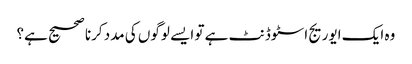
وہ ایک ایوریج اسٹوڈنٹ ہے تو ایسے لوگوں کی مدد کرنا صحیح ہے؟